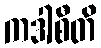
ကဒါစီတိ